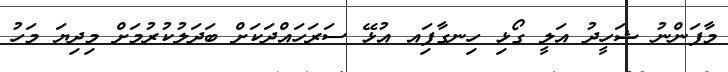
މާފަންނު ޝަހީދު އަލީ ގޯޅި ހިނގާފަިއ އުޅޭ ސަރަހައްދަކަށް ބަދަލުކުރުމަށް މިދިޔަ މަހު